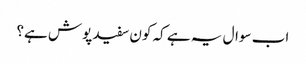
اب سوال یہ ہے کہ کون سفید پوش ہے؟